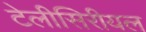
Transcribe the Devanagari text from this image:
टेलीसिरीयल